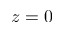
z = 0